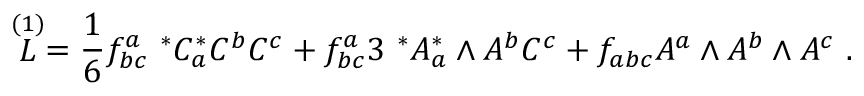
\stackrel { ( 1 ) } { \cal { L } } = { \frac { 1 } { 6 } } f _ { b c } ^ { a } \ ^ { * } C _ { a } ^ { * } C ^ { b } C ^ { c } + f _ { b c } ^ { a } 3 \ ^ { * } A _ { a } ^ { * } \wedge A ^ { b } C ^ { c } + f _ { a b c } A ^ { a } \wedge A ^ { b } \wedge A ^ { c } \ .